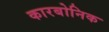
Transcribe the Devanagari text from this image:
कारबोनिक